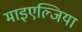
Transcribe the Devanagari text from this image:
माइएल्जिया